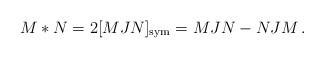
LaTeX: \begin{align*} M * N = 2 [ M J N]_\mathrm{{sym}} = M J N - N J M \,.\end{align*}